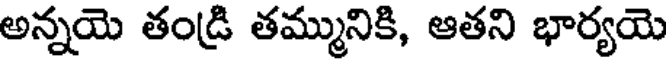
అన్నయె తండ్రి తమ్మునికి, ఆతని భార్యయె